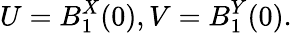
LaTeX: U=B_{1}^{X}(0),V=B_{1}^{Y}(0).